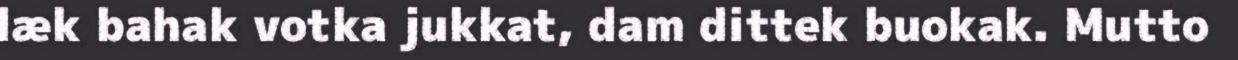
læk bahak votka jukkat, dam dittek buokak. Mutto